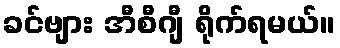
ခင်ဗျား အီစီဂျီ ရိုက်ရမယ်။